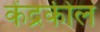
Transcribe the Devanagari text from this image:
केंद्रकील